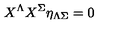
X ^ { \Lambda } X ^ { \Sigma } \eta _ { \Lambda \Sigma } = 0